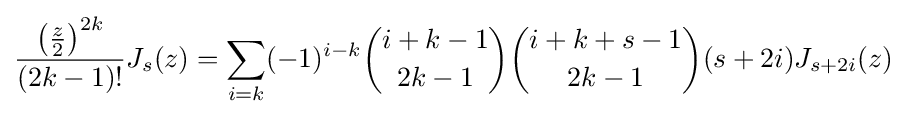
{\frac {\left({\frac {z}{2}}\right)^{2k}}{(2k-1)!}}J_{s}(z)=\sum _{i=k}(-1)^{i-k}{i+k-1 \choose 2k-1}{i+k+s-1 \choose 2k-1}(s+2i)J_{s+2i}(z)